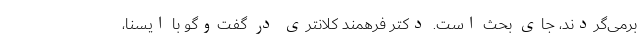
برمی‌گردند، جای بحث است. دکتر فرهمند کلانتری در گفت‌وگو با ایسنا،